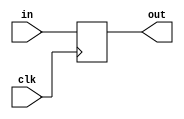
`ifndef MODULE_PC
`define MODULE_PC
`timescale 1ns / 1ps

module PC (
	input				clk,    
	input		[31:0]	in,
	output reg	[31:0]	out	
);

	initial begin
		out = 32'b0;
	end

	always @(posedge clk ) begin 
		out <= in;
	end

endmodule

`endif